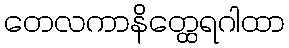
တေလကာနိတ္ထေရဂါထာ